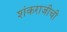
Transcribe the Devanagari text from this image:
शंकराजीची